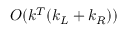
O ( k ^ { T } ( k _ { L } + k _ { R } ) )